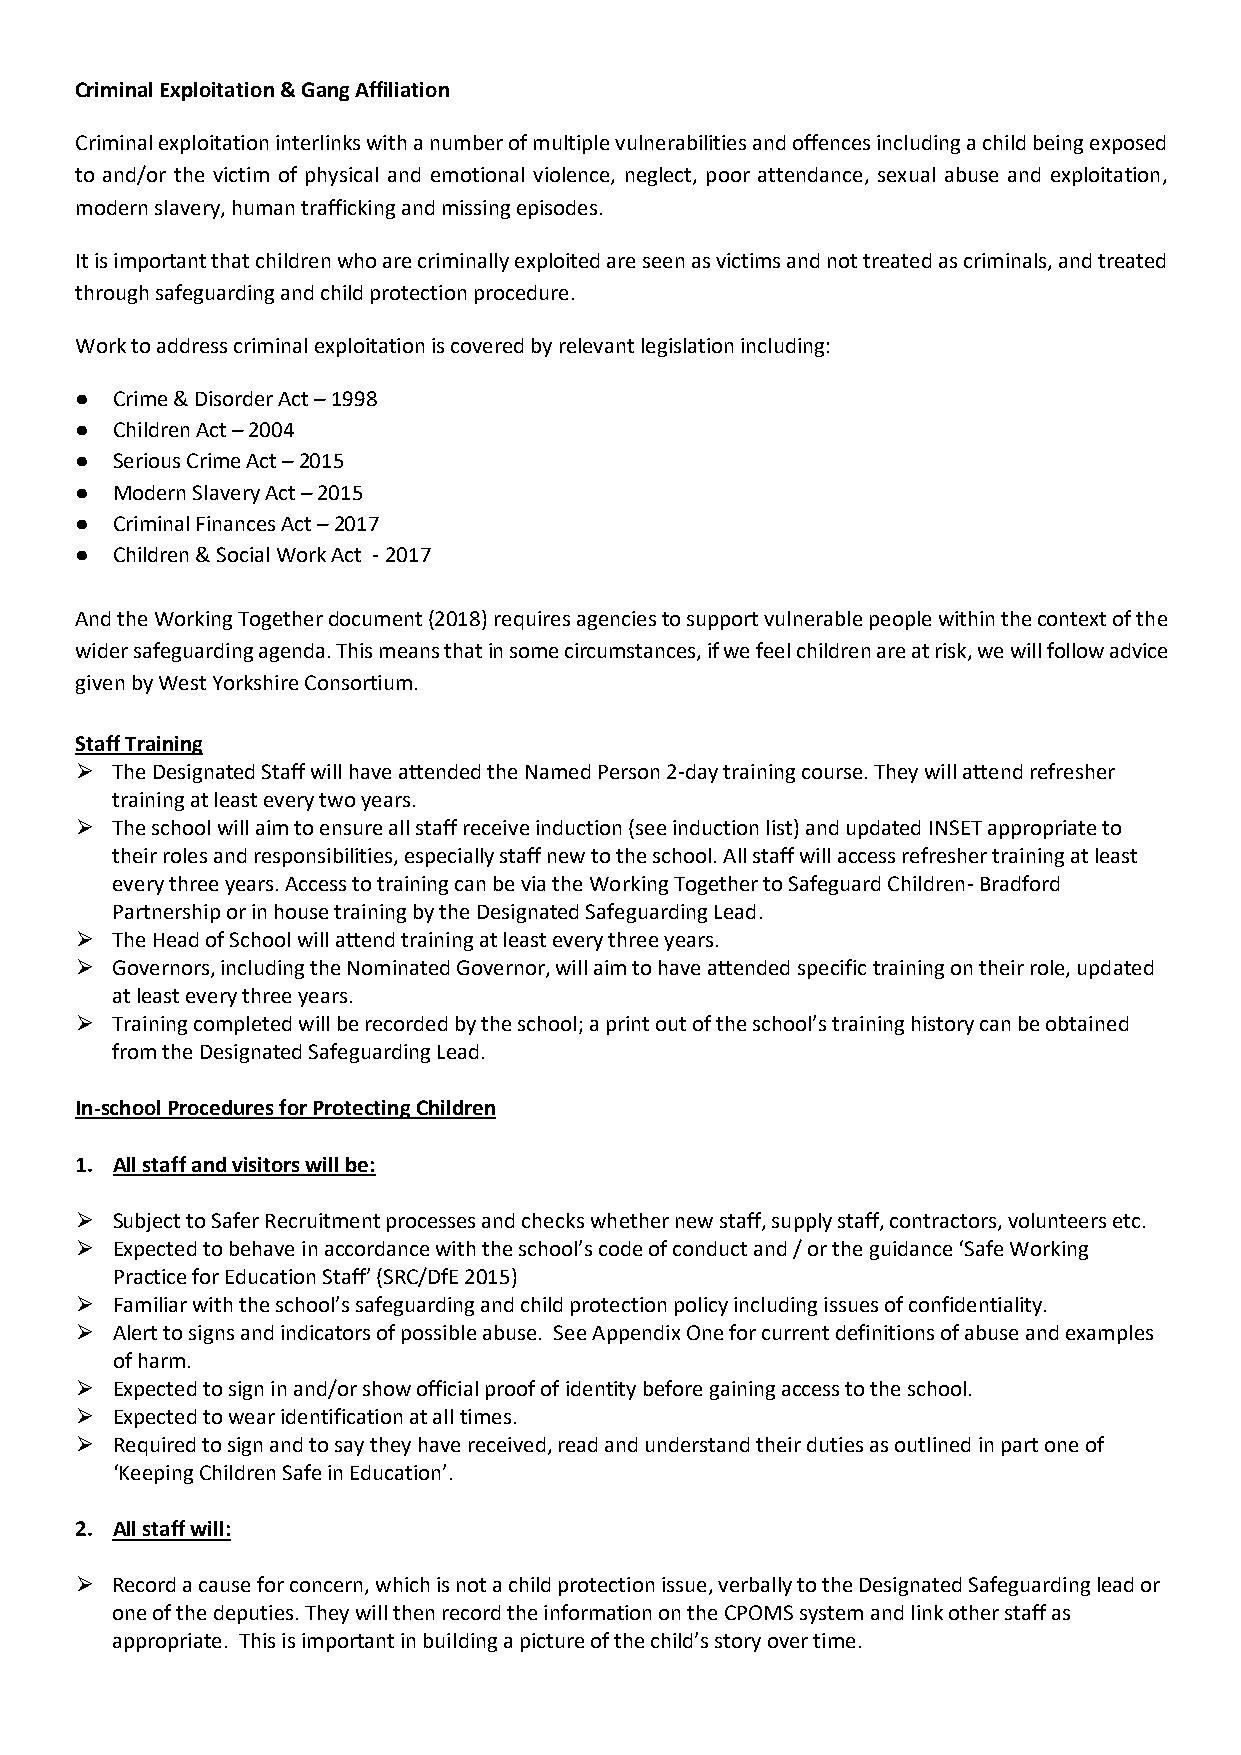
Criminal Exploitation & Gang Affiliation
 Criminal exploitation interlinks with a number of multiple vulnerabilities and offences including a child being exposed
 to and/or the victim of physical and emotional violence, neglect, poor attendance, sexual abuse and exploitation,
 modern slavery, human trafficking and missing episodes.
 It is important that children who are criminally exploited are seen as victims and not treated as criminals, and treated
 through safeguarding and child protection procedure.
 Work to address criminal exploitation is covered by relevant legislation including:
 ● Crime & Disorder Act – 1998
 ● Children Act – 2004
 ● Serious Crime Act – 2015
 ● Modern Slavery Act – 2015
 ● Criminal Finances Act – 2017
 ● Children & Social Work Act - 2017
 And the Working Together document (2018) requires agencies to support vulnerable people within the context of the
 wider safeguarding agenda. This means that in some circumstances, if we feel children are at risk, we will follow advice
 given by West Yorkshire Consortium.
 Staff Training
 ⮚ The Designated Staff will have attended the Named Person 2-day training course. They will attend refresher
 training at least every two years.
 ⮚ The school will aim to ensure all staff receive induction (see induction list) and updated INSET appropriate to
 their roles and responsibilities, especially staff new to the school. All staff will access refresher training at least
 every three years. Access to training can be via the Working Together to Safeguard Children- Bradford
 Partnership or in house training by the Designated Safeguarding Lead.
 ⮚ The Head of School will attend training at least every three years.
 ⮚ Governors, including the Nominated Governor, will aim to have attended specific training on their role, updated
 at least every three years.
 ⮚ Training completed will be recorded by the school; a print out of the school’s training history can be obtained
 from the Designated Safeguarding Lead.
 In-school Procedures for Protecting Children
 1. All staff and visitors will be:
 ⮚ Subject to Safer Recruitment processes and checks whether new staff, supply staff, contractors, volunteers etc.
 ⮚ Expected to behave in accordance with the school’s code of conduct and / or the guidance ‘Safe Working
 Practice for Education Staff’ (SRC/DfE 2015)
 ⮚ Familiar with the school’s safeguarding and child protection policy including issues of confidentiality.
 ⮚ Alert to signs and indicators of possible abuse. See Appendix One for current definitions of abuse and examples
 of harm.
 ⮚ Expected to sign in and/or show official proof of identity before gaining access to the school.
 ⮚ Expected to wear identification at all times.
 ⮚ Required to sign and to say they have received, read and understand their duties as outlined in part one of
 ‘Keeping Children Safe in Education’.
 2. All staff will:
 ⮚ Record a cause for concern, which is not a child protection issue, verbally to the Designated Safeguarding lead or
 one of the deputies. They will then record the information on the CPOMS system and link other staff as
 appropriate. This is important in building a picture of the child’s story over time.